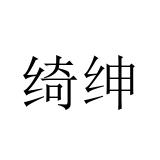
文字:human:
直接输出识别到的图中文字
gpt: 绮绅